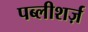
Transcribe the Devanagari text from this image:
पब्लीशर्ज़